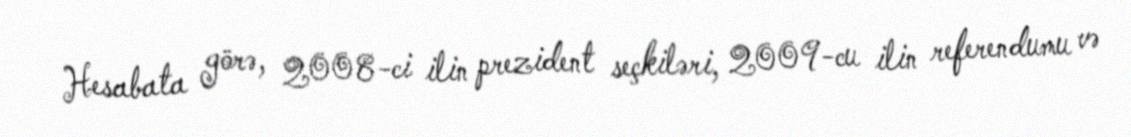
Hesabata görə, 2008-ci ilin prezident seçkiləri, 2009-cu ilin referendumu və